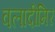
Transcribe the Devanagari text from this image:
वलादीमिर